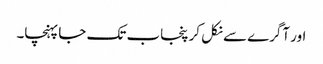
اور آگرے سے نکل کر پنجاب تک جا پہنچا۔